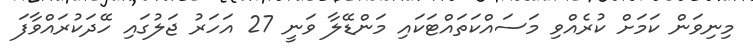
މިނިވަން ކަމަށް ކުރެއްވި މަސައްކަތައްޓަކައި މަންޑޭލާ ވަނީ 27 އަހަރު ޖަލުގައި ހޭދަކުރައްވާފަ